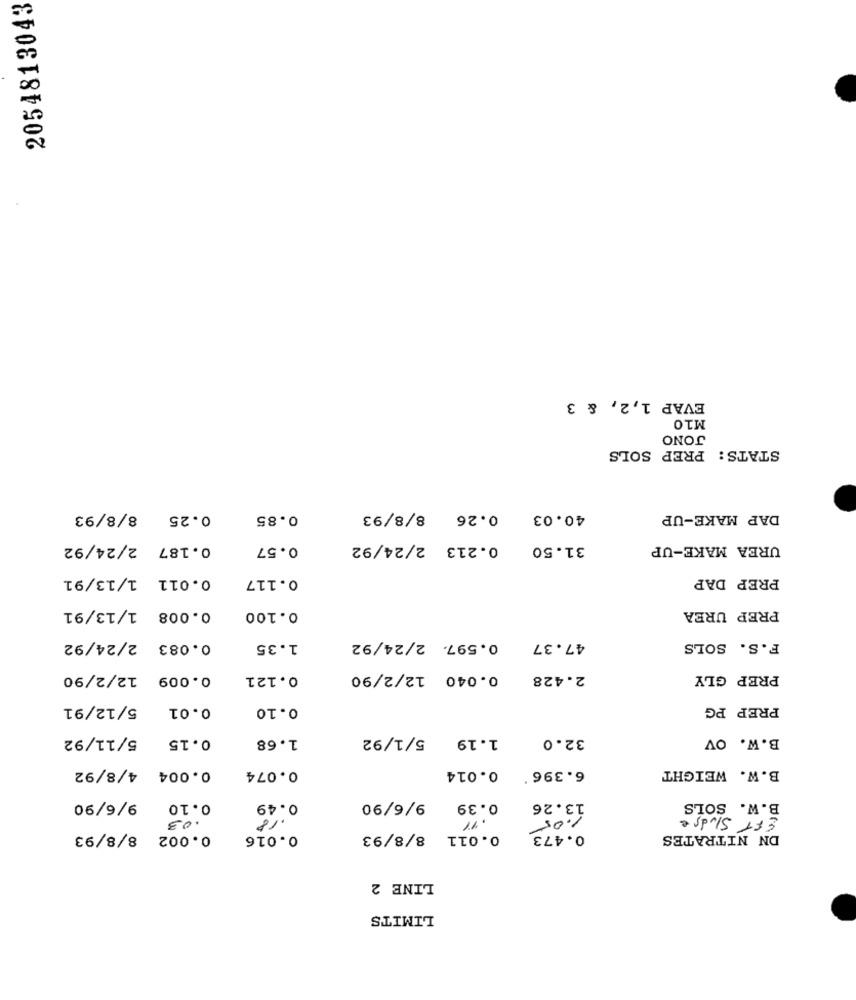
2054813043
EVAP 1,2, & 3
M10
JONO
STATS: PREP SOLS
0.25 8/8/93
0.85
40.03 0.26 8/8/93
DAP MAKE-UP
0.187 2/24/92
0.57
31.50 0.213 2/24/92
UREA MAKE-UP
0.011 1/13/91
0.117
PREP DAP
0.008 1/13/91
PREP UREA
0.100
0.083 2/24/92
1.35
47.37 0.597. 2/24/92
F.S. SOLS
0.009 12/2/90
0.121
2.428 0.040 12/2/90
PREP GLY
5/12/91
0.01
0.10
PREP PG
5/11/92
0.15
1.68
1.19 5/1/92
32.0
B.W. OV
0.004 4/8/92
B.W. WEIGHT
0.074
6.396' 0.014
0.10 9/6/90
0.49
0.39 9/6/90
13.26
B.W. SOLS
.03
18
1.05
EFT Sludge
0.002 8/8/93
0.016
0.011 8/8/93
0.473
DN NITRATES
LINE 2
LIMITS